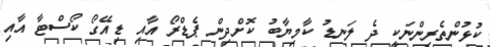
ކުޅުންތެރިންނަކީ ދެ ލަނޑު ކާމިޔާބު ކޮށްދިން ޕެޑްރޯ އާއި ޑިއޭގޯ ކޯސްޓާ އާއި